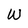
Character: W